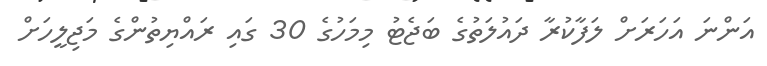
އަންނަ އަހަރަށް ލަފާކުރާ ދައުލަތުގެ ބަޖެޓު މިމަހުގެ 30 ގައި ރައްޔިތުންގެ މަޖިލީހަށް